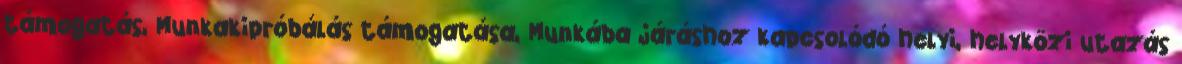
támogatás, Munkakipróbálás támogatása, Munkába járáshoz kapcsolódó helyi, helyközi utazás